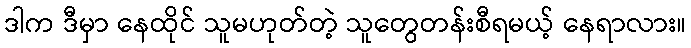
ဒါက ဒီမှာ နေထိုင် သူမဟုတ်တဲ့ သူတွေတန်းစီရမယ့် နေရာလား။